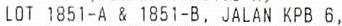
LOT 1851-A & 1851-B, JALAN KPB 6,